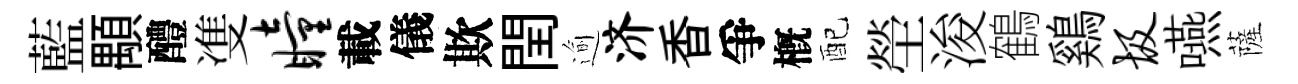
藍顒醴㕠瞳載儀欺閏逾济香爭槪配塋浚鶴鷄圾嚥薩